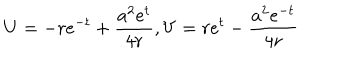
U = - r e ^ { - t } + \frac { a ^ { 2 } e ^ { t } } { 4 r } , V = r e ^ { t } - \frac { a ^ { 2 } e ^ { - t } } { 4 r }